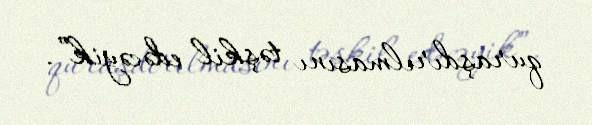
quraşdırılmasını təşkil edəcəyik”.